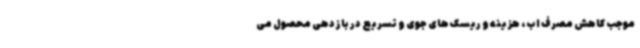
موجب کاهش مصرف اب، هزینه و ریسک های جوی و تسریع در بازدهی محصول می